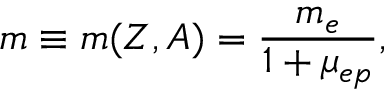
m \equiv m ( Z , A ) = \frac { m _ { e } } { 1 + \mu _ { e p } } ,